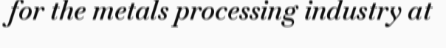
for the metals processing industry at